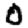
Digit: 0